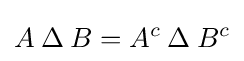
A\mathbin {\Delta } B=A^{c}\mathbin {\Delta } B^{c}